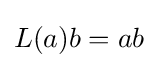
\displaystyle {L(a)b=ab}